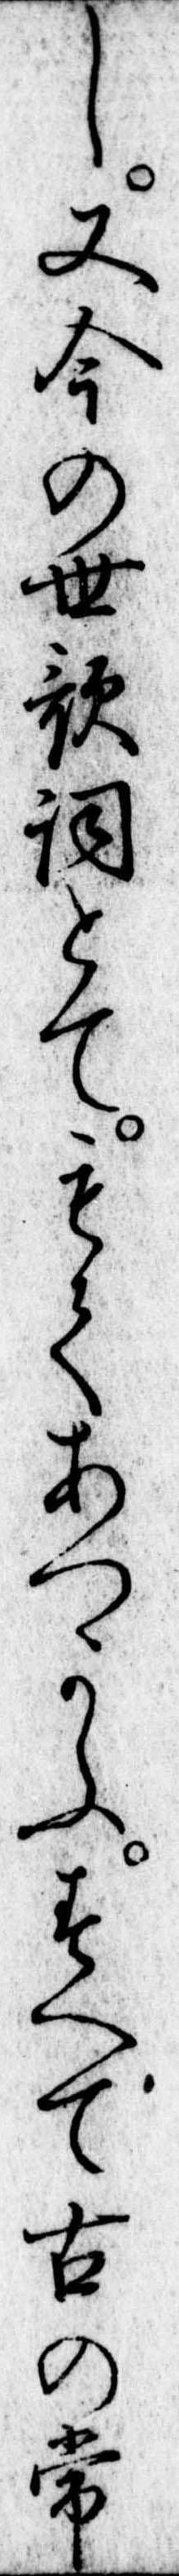
し又今の世歌詞とてもてあつかふすへて古の常